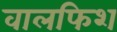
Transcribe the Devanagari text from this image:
वालफिश